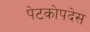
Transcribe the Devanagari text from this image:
पेटकोपदेस